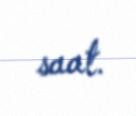
saat.